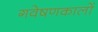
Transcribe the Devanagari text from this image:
गवेषणकालों